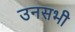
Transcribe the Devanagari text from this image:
उनसभी